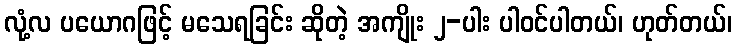
လုံ့လ ပယောဂဖြင့် မသေရခြင်း ဆိုတဲ့ အကျိုး ၂-ပါး ပါဝင်ပါတယ်၊ ဟုတ်တယ်၊